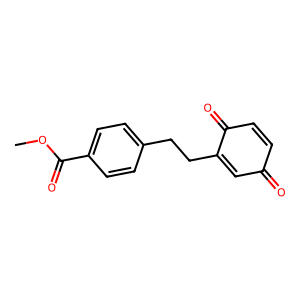
SMILES: COC(=O)c1ccc(CCC2=CC(=O)C=CC2=O)cc1
Inhibits HIV replication: No